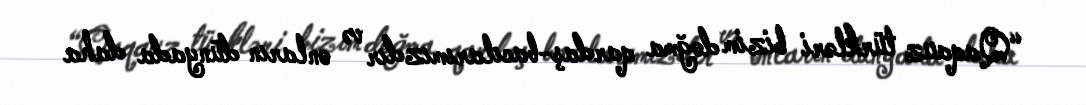
“Qaqauz türkləri bizim doğma qardaş-bacılarımızdır və onların dünyada daha